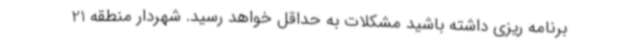
برنامه ریزی داشته باشید مشکلات به حداقل خواهد رسید. شهردار منطقه 21